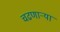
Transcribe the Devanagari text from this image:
चढणार्‍या